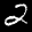
Label: 2